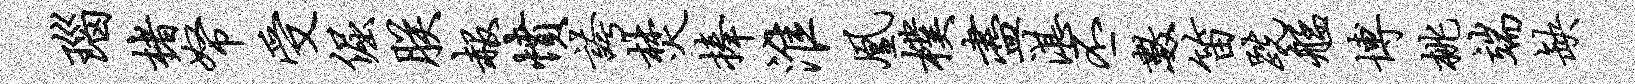
瑙楮帑受倔朕赧愤夸焚捧淮凰朴尽湛丕数笛跣艋博桃端缺